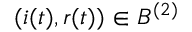
( i ( t ) , r ( t ) ) \in B ^ { ( 2 ) }